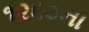
૧૨૬૦ના